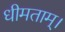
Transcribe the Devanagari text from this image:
धीमताम्।